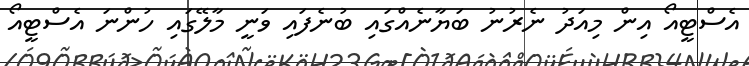
އެސްޓީއޯ އިން މިއަދު ނެރުނު ބަޔާނެއްގައި ބުނެފައި ވަނީ މާލޭގައި ހުންނަ އެސްޓީއޯ